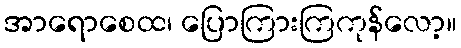
အာရောစေထ၊ ပြောကြားကြကုန်လော့။